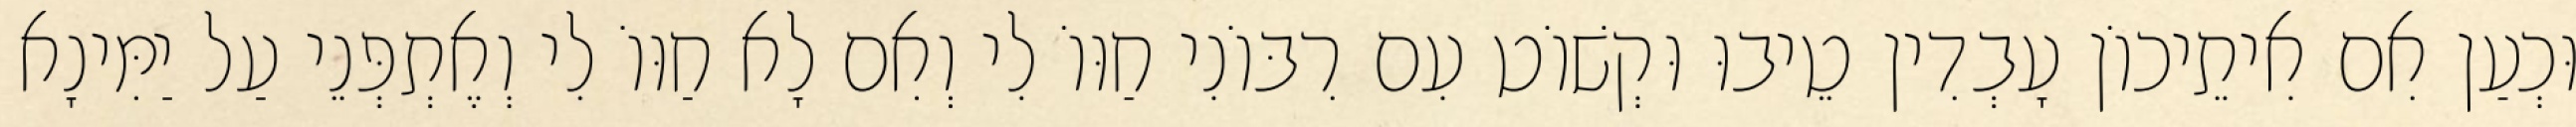
וּכְעַן אִם אִיתֵיכוֹן עָבְדִין טֵיבוּ וּקְשׁוֹט עִם רִבּוֹנִי חַוּוֹ לִי וְאִם לָא חַוּוֹ לִי וְאֶתְפְּנֵי עַל יַמִּינָא